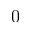
0